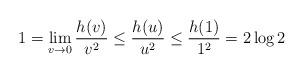
LaTeX: \begin{align*}1 = \lim\limits_{v \rightarrow 0} \frac{h(v)}{v^2} \leq \frac{h(u)}{u^2} \leq \frac{h(1)}{1^2} = 2\log 2\end{align*}